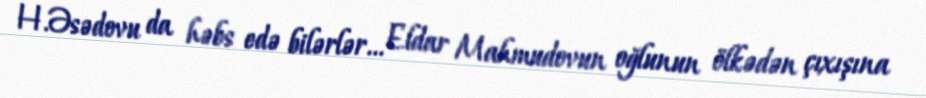
H.Əsədovu da həbs edə bilərlər... Eldar Mahmudovun oğlunun ölkədən çıxışına